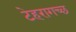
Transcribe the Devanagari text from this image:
टेहरागच्छ